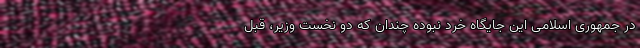
در جمهوری اسلامی این جایگاه خُرد نبوده چندان که دو نخست وزیر، قبل